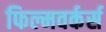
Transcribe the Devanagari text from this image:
फिल्मवर्कर्स